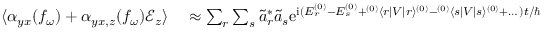
\begin{array} { r l } { \langle \alpha _ { y x } ( f _ { \omega } ) + \alpha _ { y x , z } ( f _ { \omega } ) \mathcal { E } _ { z } \rangle } & { { } \approx \sum _ { r } \sum _ { s } \tilde { a } _ { r } ^ { \ast } \tilde { a } _ { s } \mathrm { e } ^ { \mathrm { i } ( E _ { r } ^ { ( 0 ) } - E _ { s } ^ { ( 0 ) } + { } ^ { ( 0 ) } \langle r | V | r \rangle ^ { ( 0 ) } - { } ^ { ( 0 ) } \langle s | V | s \rangle ^ { ( 0 ) } + \dots ) t / \hbar } } \end{array}